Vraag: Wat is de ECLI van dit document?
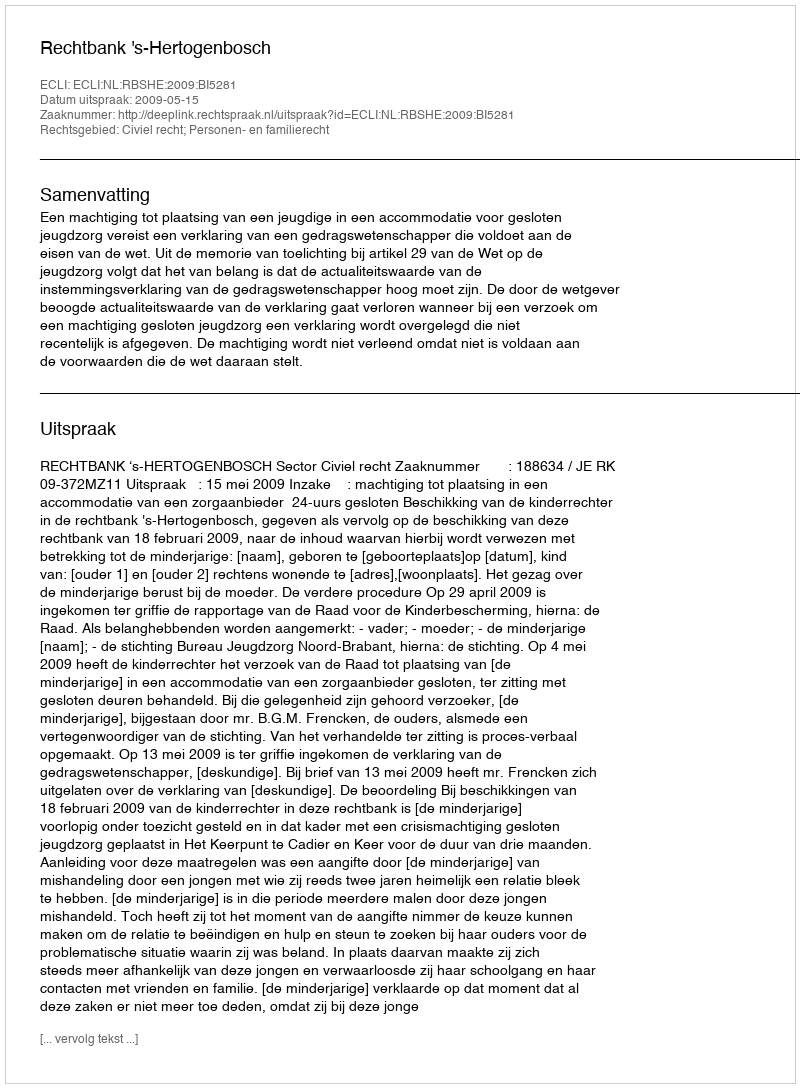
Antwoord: ECLI:NL:RBSHE:2009:BI5281